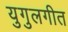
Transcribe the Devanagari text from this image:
युगुलगीत